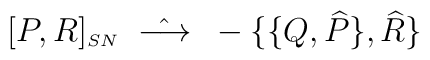
[P,R]_{\scriptscriptstyle SN} \;\; \hat{\longrightarrow} \;\; -\{\{Q,\widehat {P}\},\widehat {R}\}